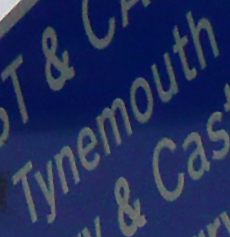
Tynemouth